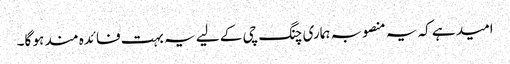
امید ہے کہ یہ منصوبہ ہماری چنگ چی کے لیے یہ بہت فائدہ مند ہو گا۔